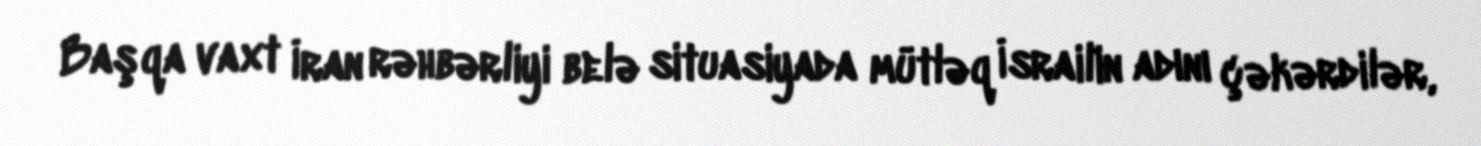
Başqa vaxt İran rəhbərliyi belə situasiyada mütləq İsrailin adını çəkərdilər,